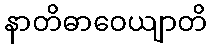
နာတိဓာဝေယျာတိ